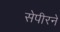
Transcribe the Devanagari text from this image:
सेपीरने